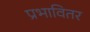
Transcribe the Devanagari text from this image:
प्रभावितर